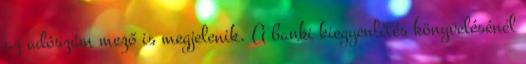
az adószám mező is megjelenik. A banki kiegyenlítés könyvelésénél